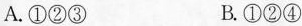
A.①②③ B.①②④